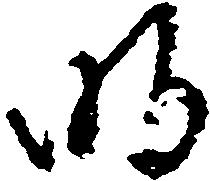
明